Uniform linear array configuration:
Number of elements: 12
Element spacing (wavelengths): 0.75
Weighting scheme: uniform
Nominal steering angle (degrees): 30
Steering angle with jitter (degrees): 30.927
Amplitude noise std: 0.05
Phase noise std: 0.05

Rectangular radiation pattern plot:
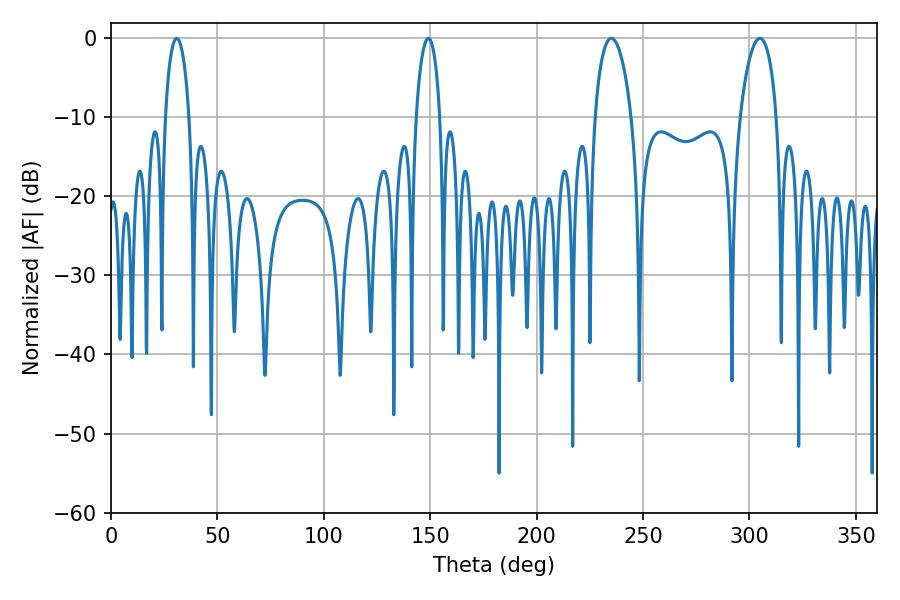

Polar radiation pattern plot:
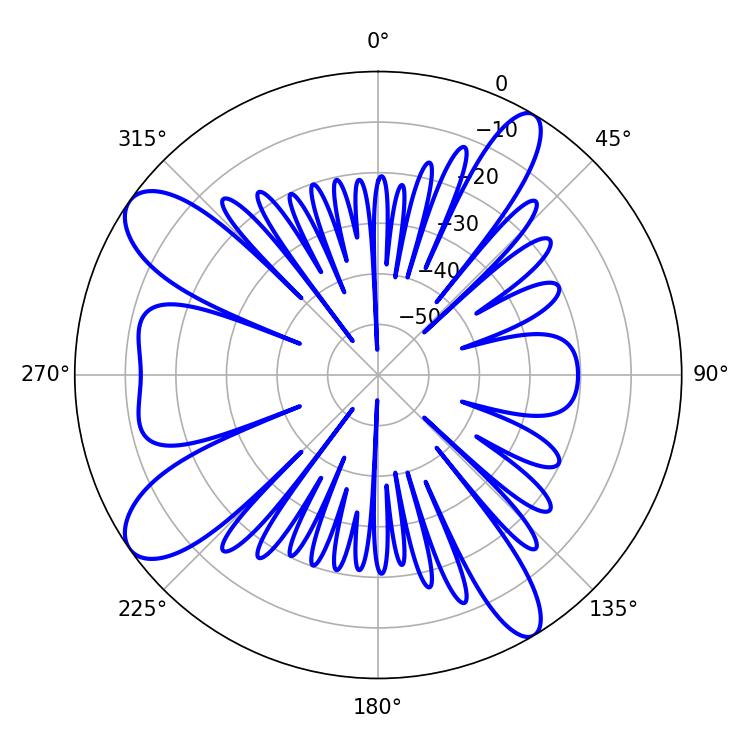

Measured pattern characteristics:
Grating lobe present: TRUE
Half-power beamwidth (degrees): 9.72
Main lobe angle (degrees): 235.08